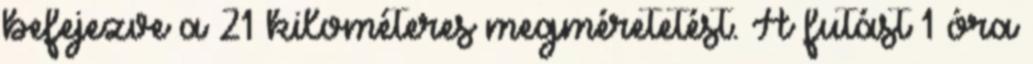
befejezve a 21 kilométeres megméretetést. A futást 1 óra